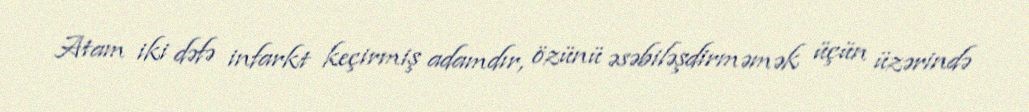
Atam iki dəfə infarkt keçirmiş adamdır, özünü əsəbiləşdirməmək üçün üzərində